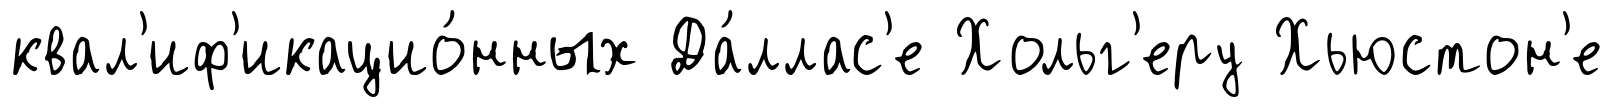
квал'иф'икацио́нных Да́ллас'е Хольг'еру Хьюстон'е